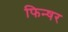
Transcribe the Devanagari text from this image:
फिन्षर